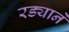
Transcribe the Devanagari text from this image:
रड्याने